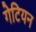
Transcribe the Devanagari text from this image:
गेटियन